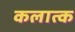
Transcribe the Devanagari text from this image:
कलात्क